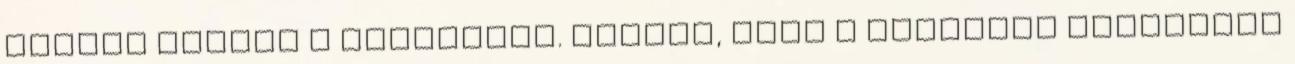
nagyon fontos a gyereknek. Tudjuk, hogy a gyerekek kiszívják